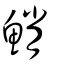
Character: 鮹